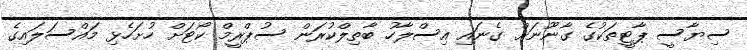
ސިޔާސީ ޕާޓީތަކުގެ ގާނޫނަށް ގެނައި އިސްލާހު ބާތިލްކުރަން ސުޕްރީމް ކޯޓަށް ހުށަހެޅި މައްސަލައިގެ